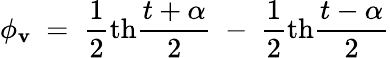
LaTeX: \phi_{\mathbf{v}}~=~{\frac{{1}}{{2}}}\mathrm{{th}}{\frac{{t+\alpha}}{{2}}}~-~{\frac{{1}}{{2}}}\mathrm{{th}}{\frac{{t-\alpha}}{{2}}}